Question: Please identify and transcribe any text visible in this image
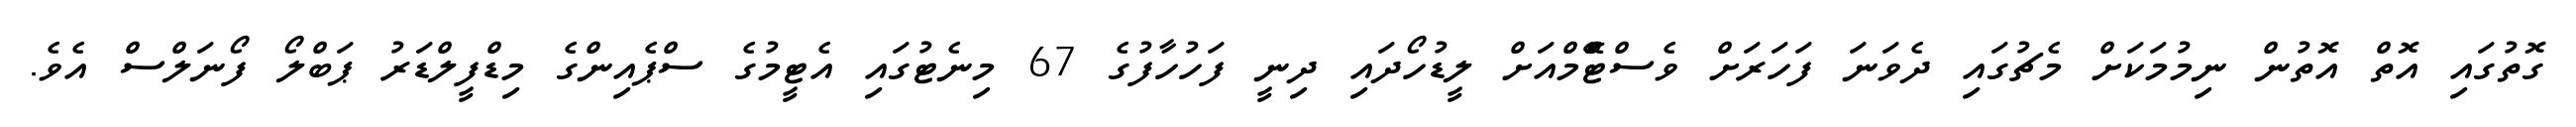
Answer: ގޮތުގައި އޮތް އޮތުން ނިމުމަކަށް މެޗުގައި ދެވަނަ ފަހަރަށް ވެސްޓްަޭމްއަށް ލީޑުހޯދައި ދިނީ ފަހުހާފުގެ 67 މިނެޓުގައި އެޓީމުގެ ސްޕެއިންގެ މިޑްފީލްޑަރު ޕަބްލޯ ފޯނަލްސް އެވެ.